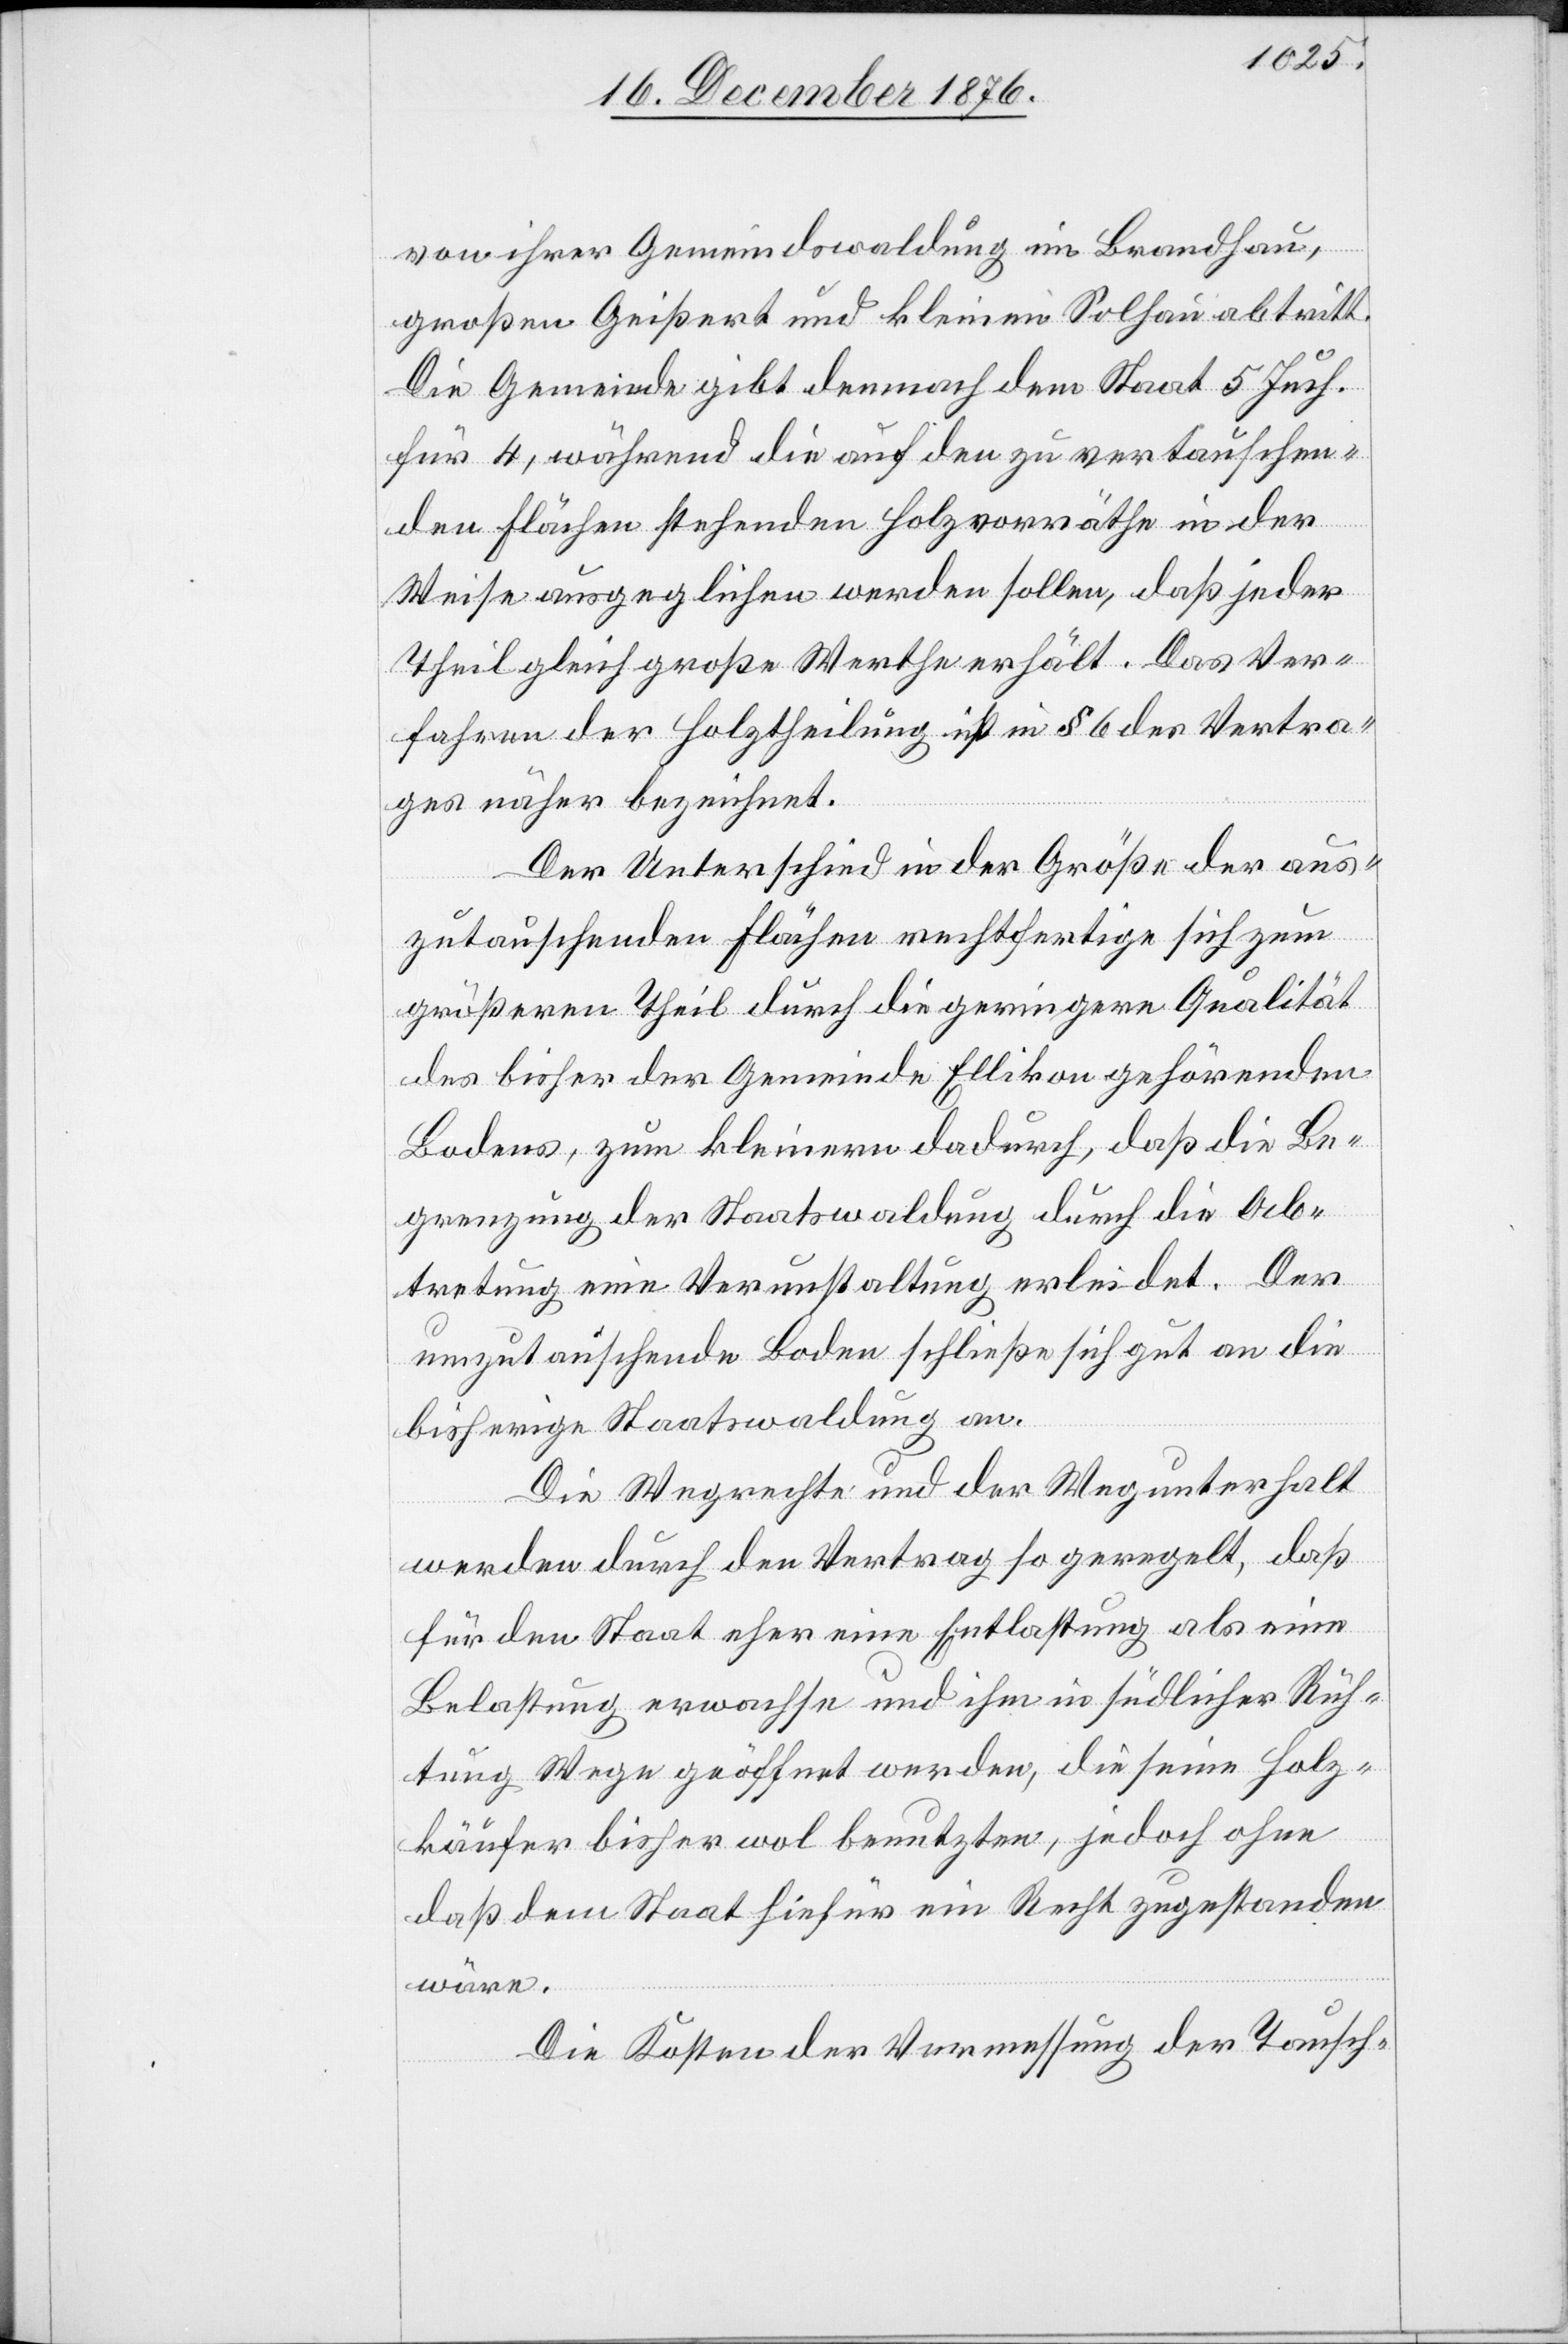
von ihrer Gemeindswaldung im Brandhau,
großen Geißert und kleinen Solhau abtritt.
Die Gemeinde gibt demnach dem Staat 5 Juch.
für 4, während die auf den zu vertauschen¬
den Flächen stehenden Holzvorräthe in der
Weise ausgeglichen werden sollen, daß jeder
Theil gleich große Werthe erhält. Das Ver¬
fahren der Holztheilung ist in § 6 des Vertra¬
ges näher bezeichnet.
Der Unterschied in der Größe der aus¬
zutauschenden Flächen rechtfertige sich zum
größeren Theil durch die geringere Qualität
des bisher der Gemeinde Ellikon gehörenden
Bodens, zum kleinern dadurch, daß die Be¬
grenzung der Staatswaldung durch die Ab¬
tretung eine Verunstaltung erleidet. Der
umzutauschende Boden schließe sich gut an die
bisherige Staatswaldung an.
Die Wegrechte und der Wegunterhalt
werden durch den Vertrag so geregelt, daß
für den Staat eher eine Entlastung als eine
Belastung erwachse und ihm in südlicher Rich¬
tung Wege geöffnet werden, die seine Holz¬
käufer bisher wol benutzten, jedoch ohne
daß dem Staat hiefür ein Recht zugestanden
wäre.
Die Kosten der Vermessung der Tausch-